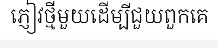
ភ្ញៀវថ្មីមួយដើម្បីជួយពួកគេ